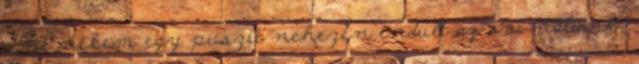
adni nekem egy puszit nehezen indult az ovi nálunk,